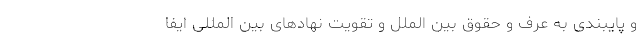
و پایبندی به عرف و حقوق بین الملل و تقویت نهادهای بین المللی ایفا